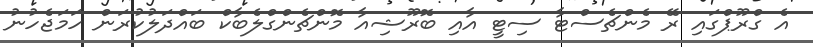
އެ ގްރޫޕްގައި ރޭ މެންޗެސްޓާ ސިޓީ އާއި ބޮރޫޝިއާ މޮންޗެންގްލެބާކް ބައްދަލުކުރަން ހަމަޖެހުނު